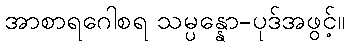
အာစာရဂေါစရ သမ္ပန္နော-ပုဒ်အဖွင့်။